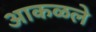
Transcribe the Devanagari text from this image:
आकळले